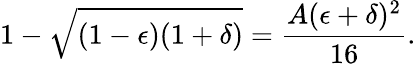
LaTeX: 1-\sqrt{(1-\epsilon)(1+\delta)}=\frac{A(\epsilon+\delta)^{2}}{16}.